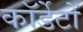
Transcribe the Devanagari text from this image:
कॉर्डेटों